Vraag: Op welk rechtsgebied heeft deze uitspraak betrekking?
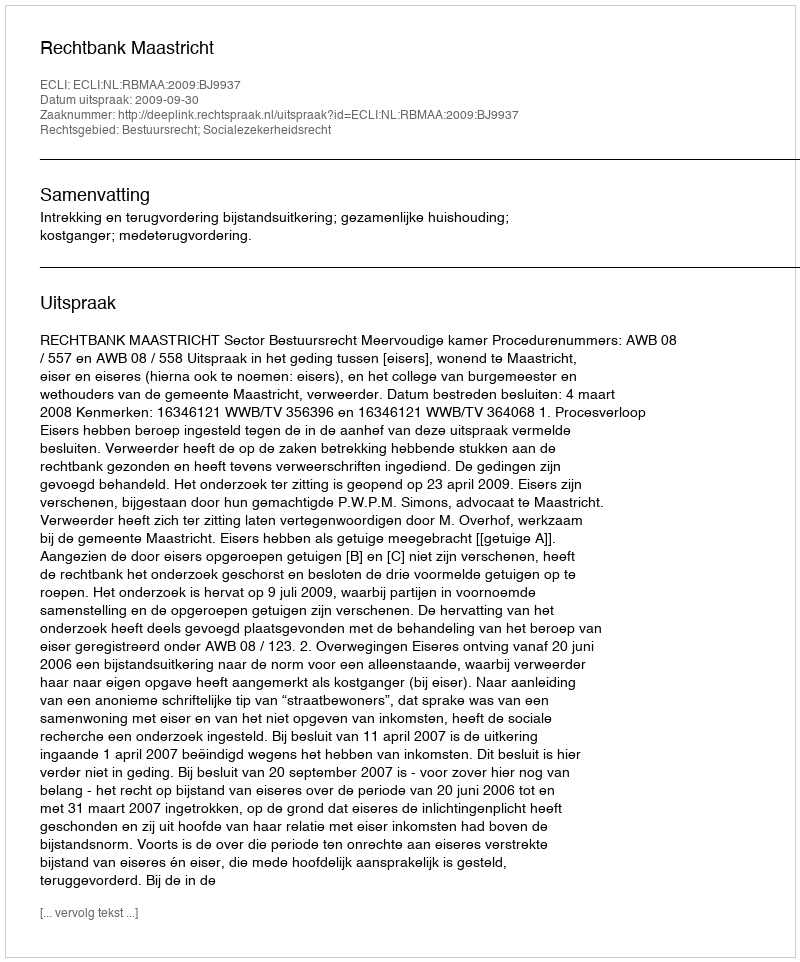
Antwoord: Bestuursrecht; Socialezekerheidsrecht